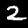
Label: 2